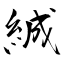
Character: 絾